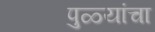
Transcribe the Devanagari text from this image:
पुळ्यांचा